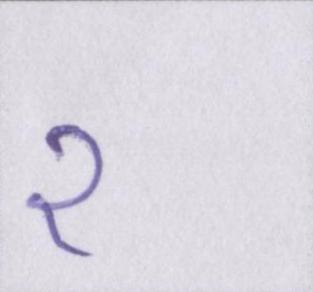
२